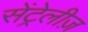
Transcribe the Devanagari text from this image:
सेंट्रेलीज़